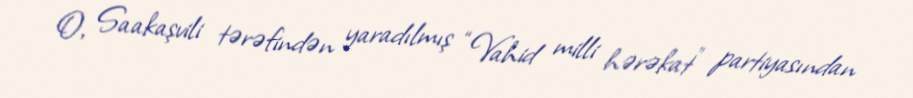
O, Saakaşvili tərəfindən yaradılmış “Vahid milli hərəkat” partiyasından